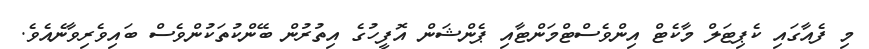
މި ފެއާގައި ކެޕިޓަލް މާކެޓް އިންވެސްޓްމަންޓާއި ޕެންޝަން އޮފީހުގެ އިތުރުން ބޭންކުތަކުންވެސް ބައިވެރިވާނެއެވެ.